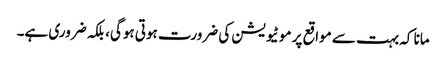
مانا کہ بہت سے مواقع پر موٹیویشن کی ضرورت ہوتی ہوگی، بلکہ ضروری ہے۔